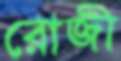
রোজী